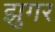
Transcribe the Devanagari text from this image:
झुगर